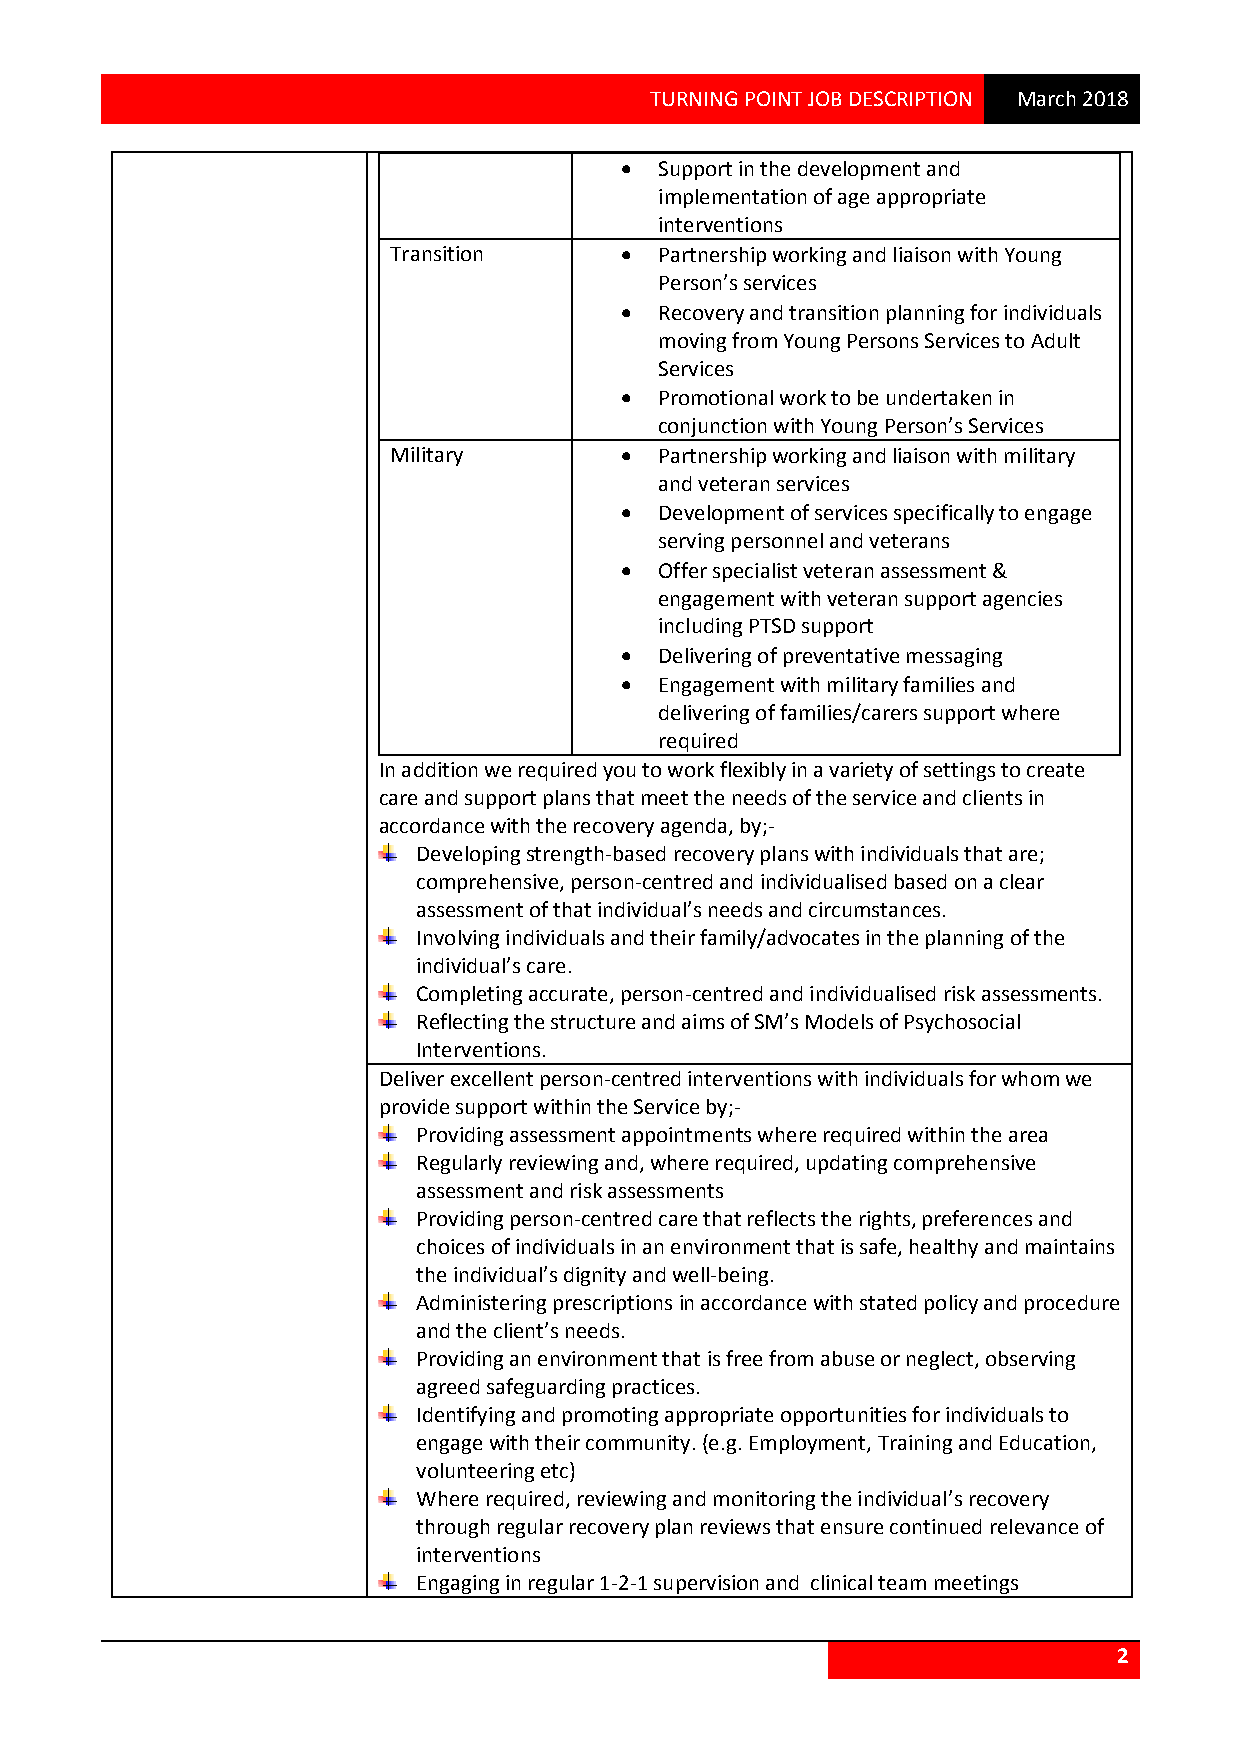
TURNING POINT JOB DESCRIPTION March 2018
   Support in the development and
 implementation of age appropriate
 interventions
 Transition       Partnership working and liaison with Young
 Person’s services
   Recovery and transition planning for individuals
 moving from Young Persons Services to Adult
 Services
   Promotional work to be undertaken in
 conjunction with Young Person’s Services
 Military         Partnership working and liaison with military
 and veteran services
   Development of services specifically to engage
 serving personnel and veterans
   Offer specialist veteran assessment &
 engagement with veteran support agencies
 including PTSD support
   Delivering of preventative messaging
   Engagement with military families and
 delivering of families/carers support where
 required
 In addition we required you to work flexibly in a variety of settings to create
 care and support plans that meet the needs of the service and clients in
 accordance with the recovery agenda, by;-
 Developing strength-based recovery plans with individuals that are;
 comprehensive, person-centred and individualised based on a clear
 assessment of that individual’s needs and circumstances.
 Involving individuals and their family/advocates in the planning of the
 individual’s care.
 Completing accurate, person-centred and individualised risk assessments.
 Reflecting the structure and aims of SM’s Models of Psychosocial
 Interventions.
 Deliver excellent person-centred interventions with individuals for whom we
 provide support within the Service by;-
 Providing assessment appointments where required within the area
 Regularly reviewing and, where required, updating comprehensive
 assessment and risk assessments
 Providing person-centred care that reflects the rights, preferences and
 choices of individuals in an environment that is safe, healthy and maintains
 the individual’s dignity and well-being.
 Administering prescriptions in accordance with stated policy and procedure
 and the client’s needs.
 Providing an environment that is free from abuse or neglect, observing
 agreed safeguarding practices.
 Identifying and promoting appropriate opportunities for individuals to
 engage with their community. (e.g. Employment, Training and Education,
 volunteering etc)
 Where required, reviewing and monitoring the individual’s recovery
 through regular recovery plan reviews that ensure continued relevance of
 interventions
 Engaging in regular 1-2-1 supervision and clinical team meetings
 2